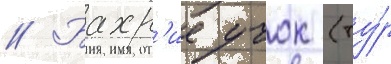
// Бахр'ие учок (ту́р